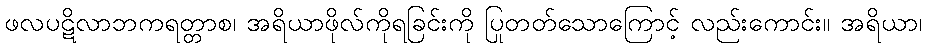
ဖလပဋိလာဘကရတ္တာစ၊ အရိယာဖိုလ်ကိုရခြင်းကို ပြုတတ်သောကြောင့် လည်းကောင်း။ အရိယာ၊